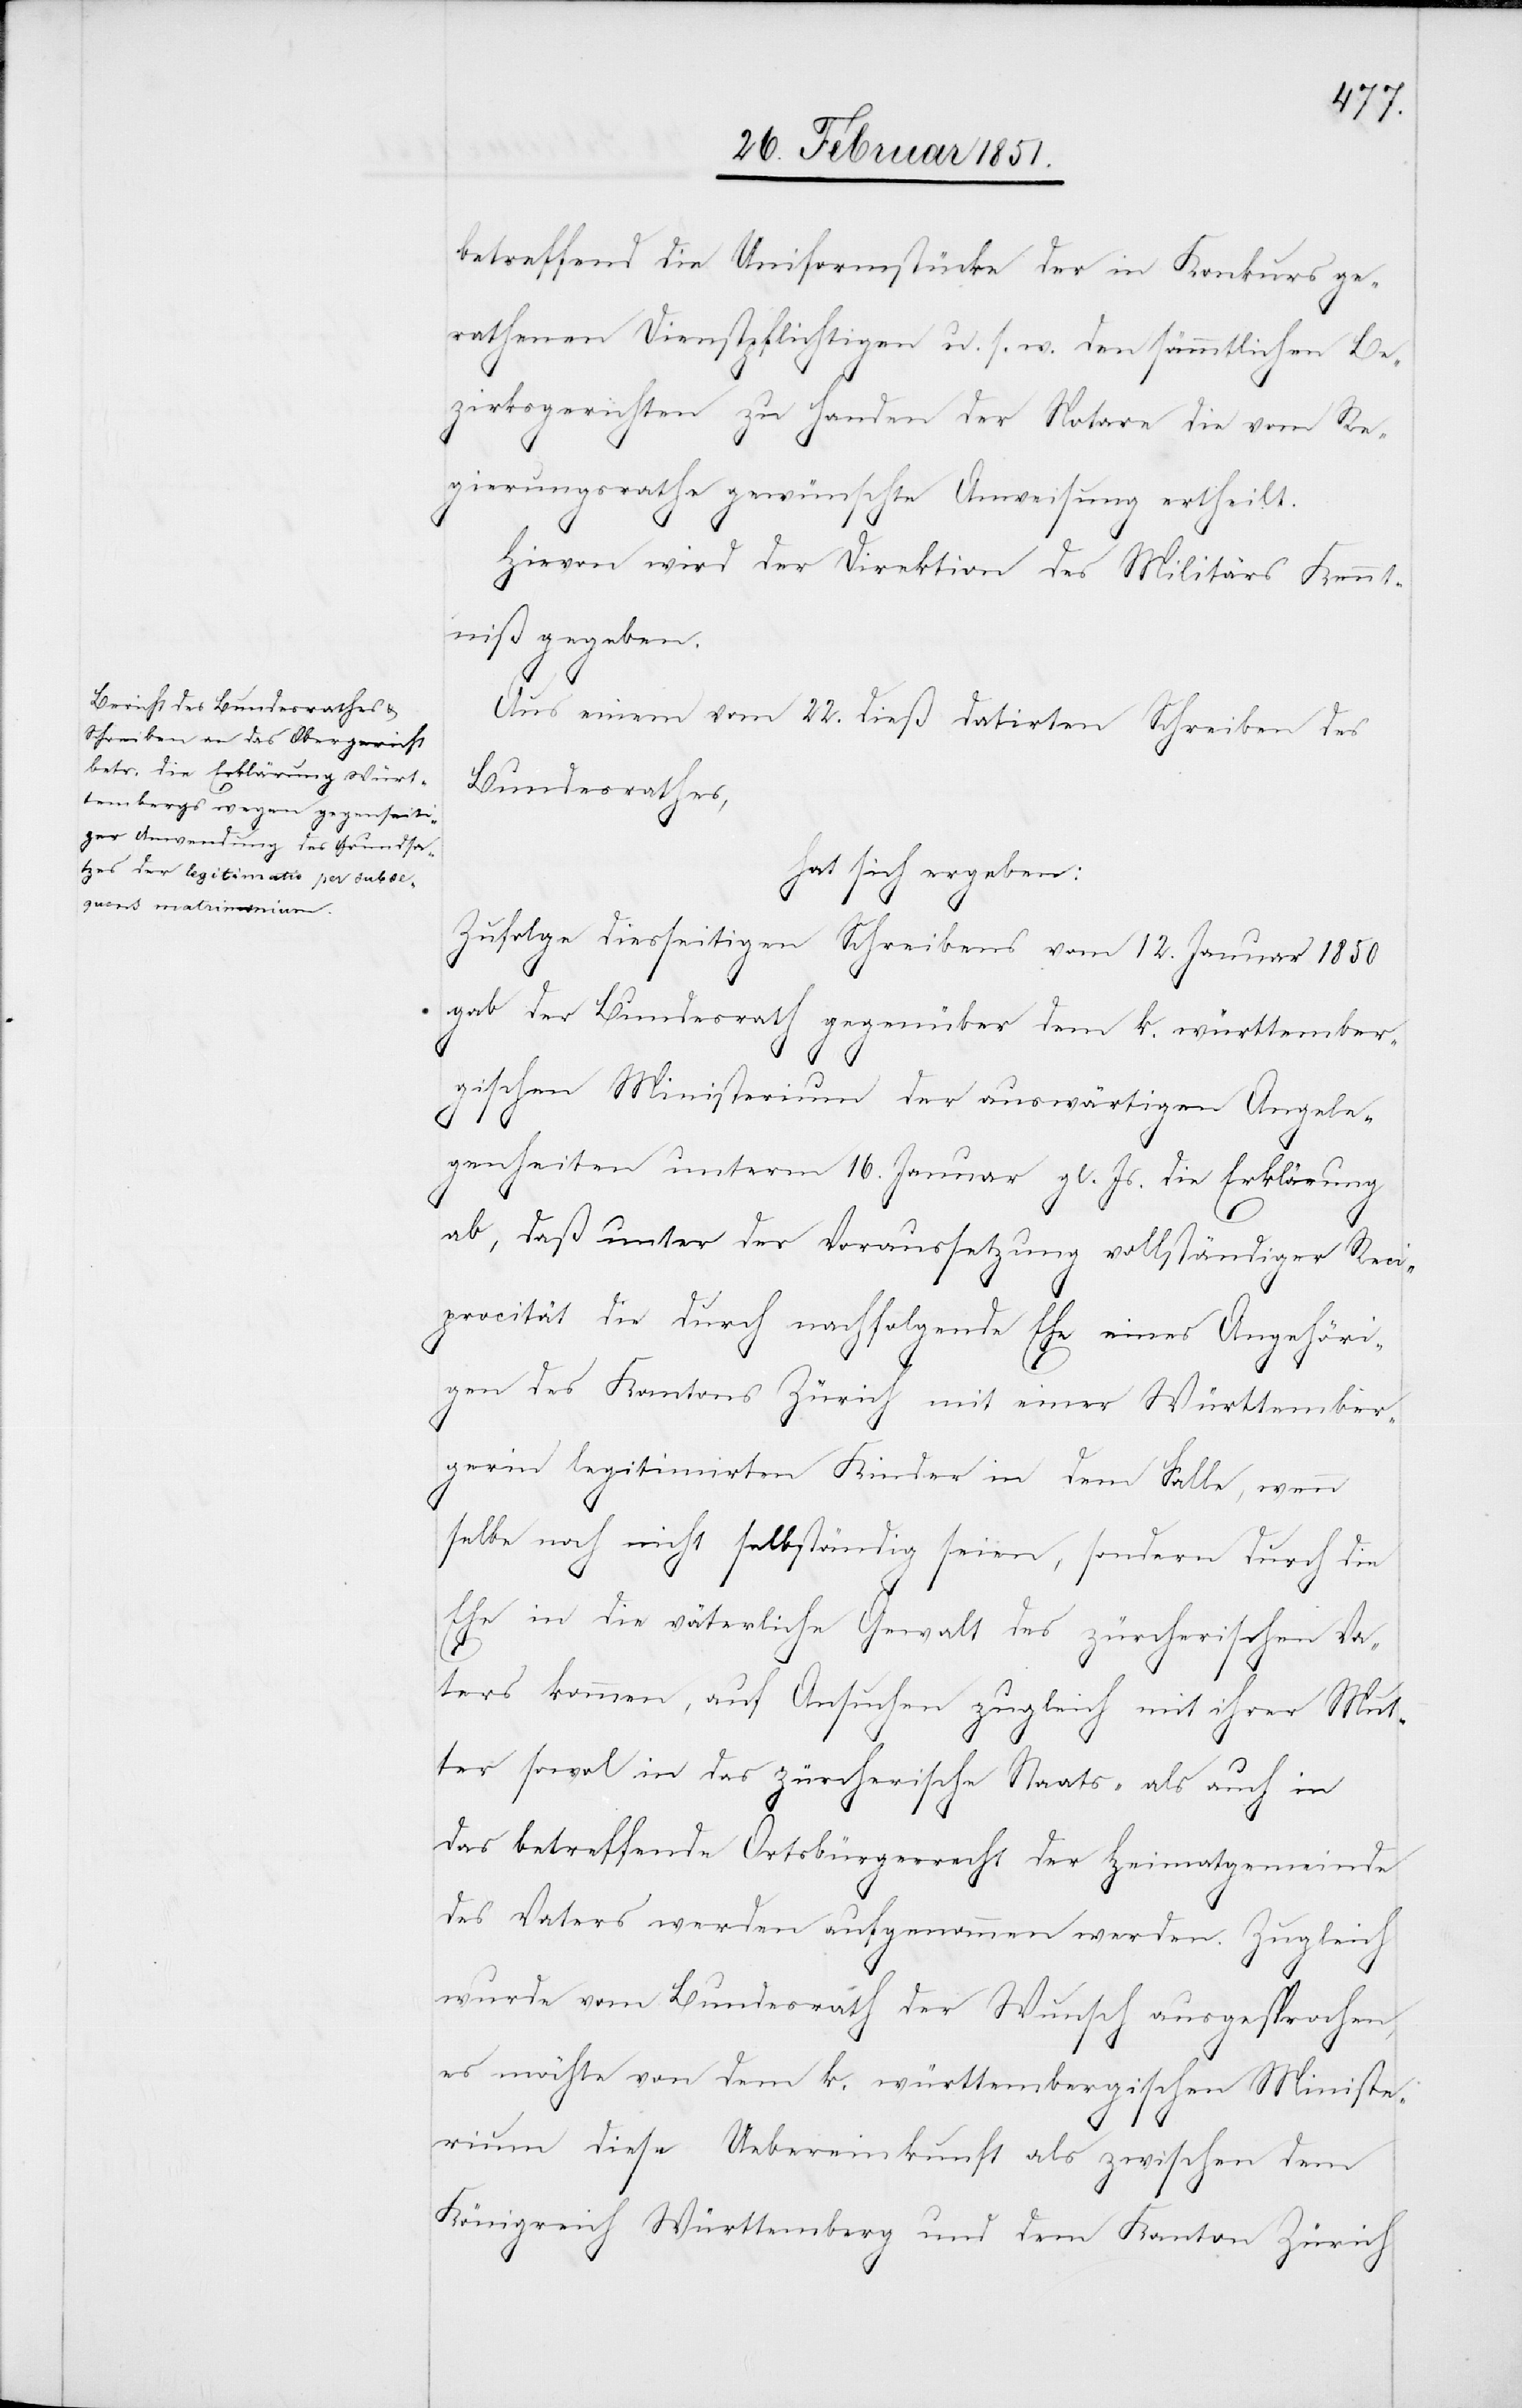
betreffend die Uniformstücke der in Konkurs ge¬
rathenen Dienstpflichtigen u. s. w. den sämmtlichen Be¬
zirksgerichten zu Handen der Notare die vom Re¬
gierungsrathe gewünschte Anweisung ertheilt.
Hievon wird der Direktion des Militärs Kennt¬
niß gegeben.
Aus einem vom 22. dieß datirten Schreiben des
Bundesrathes,
hat sich ergeben:
Zufolge diesseitigen Schreibens vom 12. Januar 1850
gab der Bundesrath gegenüber dem k. württember¬
gischen Ministerium der auswärtigen Angele¬
genheiten unterm 16. Januar gl. Js. die Erklärung
ab, daß unter der Voraussetzung vollständiger Reci¬
procität die durch nachfolgende Ehe eines Angehöri¬
gen des Kantons Zürich mit einer Württember¬
gerin legitimirten Kinder in dem Falle, wenn
selbe noch nicht selbständig seien, sondern durch die
Ehe in die väterliche Gewalt des zürcherischen Va¬
ters kommen, auf Ansuchen zugleich mit ihrer Mut¬
ter sowo[h]l in das zürcherische Staats- als auch in
das betreffende Ortsbürgerrecht der Heimatgemeinde
des Vaters werden aufgenommen werden. Zugleich
wurde vom Bundesrath der Wunsch ausgesprochen,
es möchte von dem k. württembergischen Ministe¬
rium diese Uebereinkunft als zwischen dem
Königreich Württemberg und dem Kanton Zürich